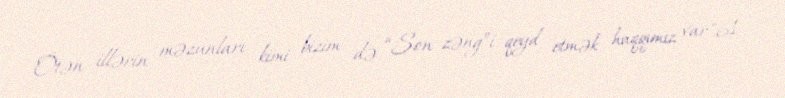
Ötən illərin məzunları kimi bizim də “Son zəng”i qeyd etmək haqqımız var".61